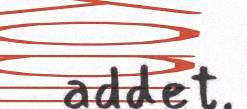
addet.